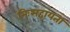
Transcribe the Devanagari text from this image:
निःसहायता